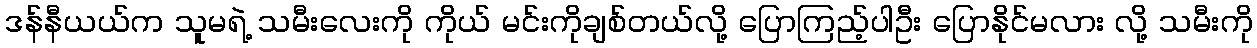
ဒန်နီယယ်က သူမရဲ့ သမီးလေးကို ကိုယ် မင်းကိုချစ်တယ်လို့ ပြောကြည့်ပါဦး ပြောနိုင်မလား လို့ သမီးကို